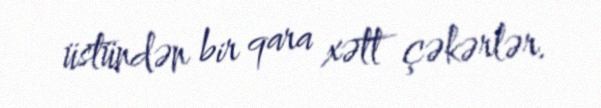
üstündən bir qara xətt çəkərlər.